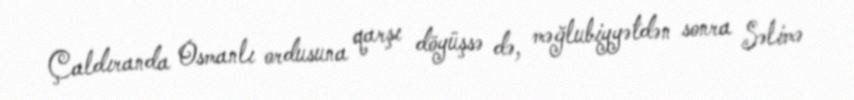
Çaldıranda Osmanlı ordusuna qarşı döyüşsə də, məğlubiyyətdən sonra Səlimə